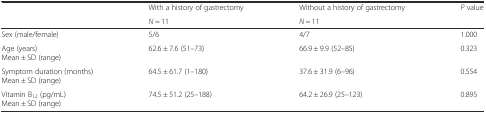
|  | With a history of gastrectomy | Without a history of gastrectomy | <ROWSPAN=2> P value |
 |  | N = 11 | N = 11 |
 | --- | --- | --- | --- |
 | Sex (male/female) | 5/6 | 4/7 | 1.000 |
 | Age (years)Mean ± SD (range) | 62.6 ± 7.6 (51–73) | 66.9 ± 9.9 (52–85) | 0.323 |
 | Symptom duration (months)Mean ± SD (range) | 64.5 ± 61.7 (1–180) | 37.6 ± 31.9 (6–96) | 0.554 |
 | Vitamin B12 (pg/mL)Mean ± SD (range) | 74.5 ± 51.2 (25–188) | 64.2 ± 26.9 (25–123) | 0.895 |